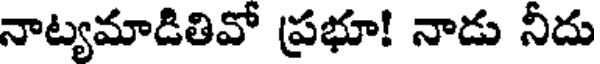
నాట్యమాడితివో ప్రభూ! నాడు నీదు